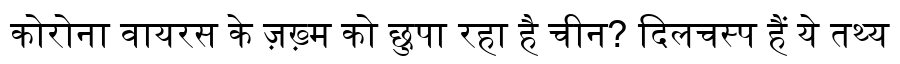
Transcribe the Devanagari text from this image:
कोरोना वायरस के ज़ख़्म को छुपा रहा है चीन? दिलचस्प हैं ये तथ्य